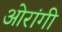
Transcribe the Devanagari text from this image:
ओरांगी